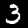
Label: 3